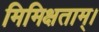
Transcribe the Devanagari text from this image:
मिमिक्षताम्।